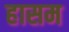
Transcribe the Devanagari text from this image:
हासम